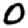
Digit: 0